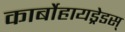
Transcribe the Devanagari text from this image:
कार्बोहायड्रेडस्